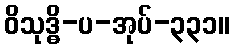
ဝိသုဒ္ဓိ-ပ-အုပ်-၃၃၁။